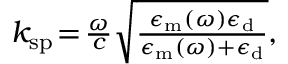
\begin{array} { r } { k _ { \mathrm { s p } } \! = \! \frac { \omega } { c } \sqrt { \frac { \epsilon _ { \mathrm { m } } ( \omega ) \epsilon _ { \mathrm { d } } } { \epsilon _ { \mathrm { m } } ( \omega ) + \epsilon _ { \mathrm { d } } } } , } \end{array}